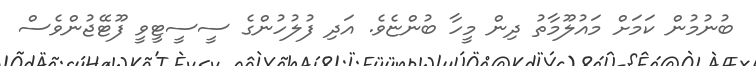
ބުނުމުން ކަމަށް މައުލޫމާތު ދިން މީހާ ބުންޏެވެ. އަދި ފުލުހުންގެ ސީސީޓީވީ ފޫޓޭޖުންވެސް